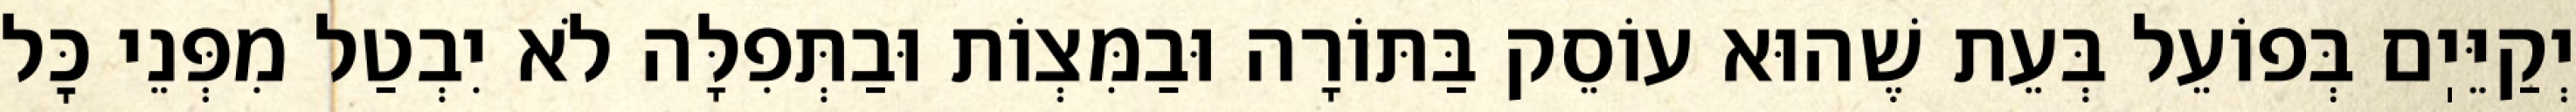
יְקַיֵּיֽם בְּפוֹעֵל בְּעֵת שֶׁהוּא עוֹסֵק בַּתּוֹרָה וּבַמִּצְוֹת וּבַתְּפִלָּה לֹא יִבְטַל מִפְּנֵי כׇּל